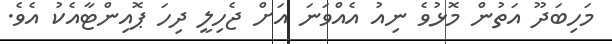
މަހިބަދޫ އަތުން މޮޅުވެ ނިއު އެއްވަނަ އަށް ޖެހިލީ ދިހަ ޕޮއިންޓާއެކު އެވެ.